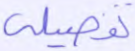
تفصيلي